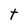
Character: t